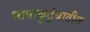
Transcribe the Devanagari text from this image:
भाषाकुटुंबातील